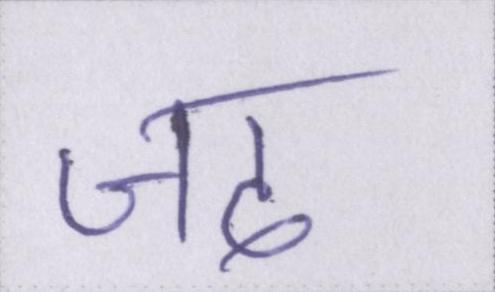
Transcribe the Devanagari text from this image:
जद